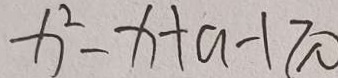
x ^ { 2 } - x + a - 1 \geq 0